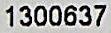
1300637